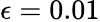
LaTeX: \epsilon=0.01